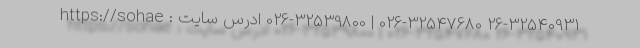
26-32540931 026-32547680 | 026-32539800 ادرس سایت : https://sohae